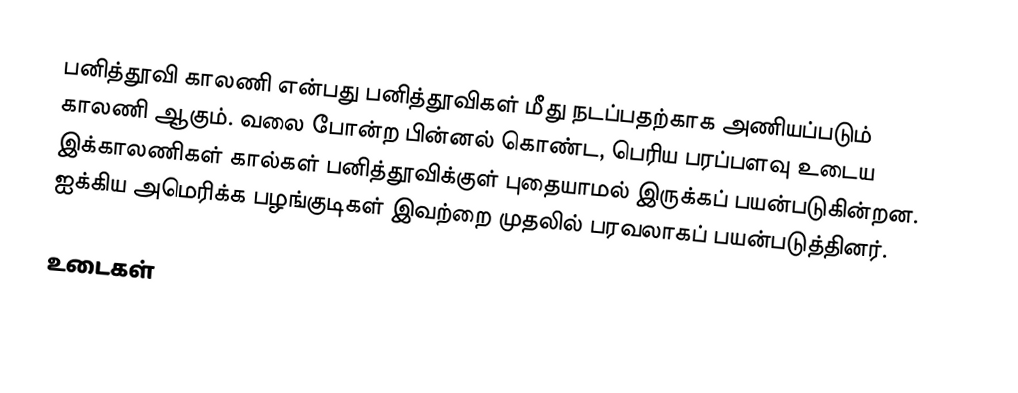
பனித்தூவி காலணி என்பது பனித்தூவிகள் மீது நடப்பதற்காக அணியப்படும் காலணி ஆகும். வலை போன்ற பின்னல் கொண்ட, பெரிய பரப்பளவு உடைய இக்காலணிகள் கால்கள் பனித்தூவிக்குள் புதையாமல் இருக்கப் பயன்படுகின்றன. ஐக்கிய அமெரிக்க பழங்குடிகள் இவற்றை முதலில் பரவலாகப் பயன்படுத்தினர்.

உடைகள்